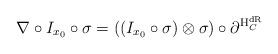
LaTeX: \begin{align*} \nabla\circ I_{x_0}\circ\sigma=((I_{x_0}\circ\sigma)\otimes\sigma)\circ\partial^{\mathrm H_C^{\mathrm{dR}}} \end{align*}